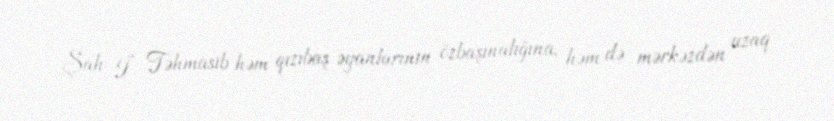
Şah I Təhmasib həm qızıbaş əyanlarının özbaşınalığına, həm də mərkəzdən uzaq